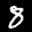
Label: 8